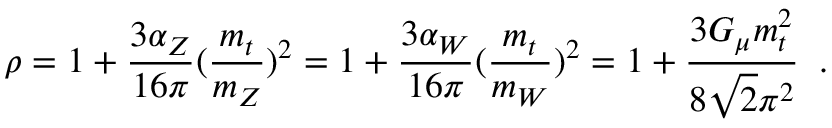
\rho = 1 + \frac { 3 \alpha _ { Z } } { 1 6 \pi } ( \frac { m _ { t } } { m _ { Z } } ) ^ { 2 } = 1 + \frac { 3 \alpha _ { W } } { 1 6 \pi } ( \frac { m _ { t } } { m _ { W } } ) ^ { 2 } = 1 + \frac { 3 G _ { \mu } m _ { t } ^ { 2 } } { 8 \sqrt { 2 } \pi ^ { 2 } } \; \; .